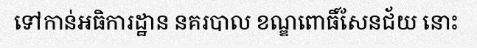
ទៅកាន់អធិការដ្ឋាន នគរបាល ខណ្ឌពោធិ៍សែនជ័យ នោះ